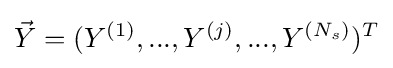
{\vec {Y}}=(Y^{(1)},...,Y^{(j)},...,Y^{(N_{s})})^{T}